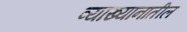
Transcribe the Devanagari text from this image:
व्याख्यानातील